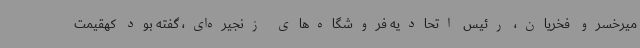
میرخسرو فخریان، رئیس اتحادیه فروشگاه‌های زنجیره‌ای، گفته بود کهقیمت